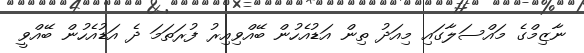
ނާޒިމްގެ މައްސަލާގައި މިއަދު ތިން އަޑުއެހުން ބޭއްވިއިރު ފުރަތަމަ ދެ އަޑުއެހުން ބޭއްވީ